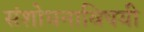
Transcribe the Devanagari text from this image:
संशोधनाविषयी